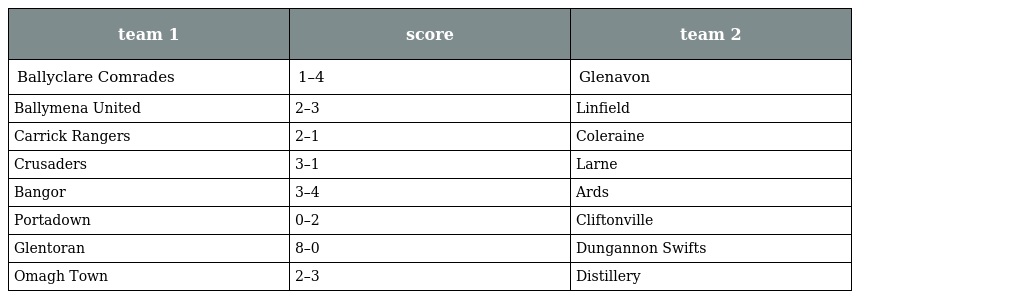
| team 1 | score | team 2 |
 | --- | --- | --- |
 | Ballyclare Comrades | 1–4 | Glenavon |
 | Ballymena United | 2–3 | Linfield |
 | Carrick Rangers | 2–1 | Coleraine |
 | Crusaders | 3–1 | Larne |
 | Bangor | 3–4 | Ards |
 | Portadown | 0–2 | Cliftonville |
 | Glentoran | 8–0 | Dungannon Swifts |
 | Omagh Town | 2–3 | Distillery |